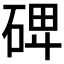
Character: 𥓓